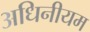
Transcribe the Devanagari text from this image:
अधिनीयम